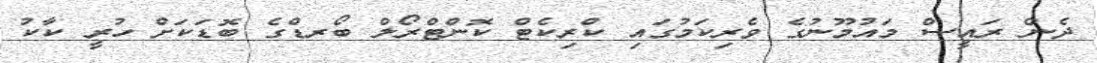
ދެން ރައީސް މައުމޫނުގެ ވެރިކަމުގައި ކްރިކެޓް ކޮންޓްރޯލް ބޯރޑްގެ ބޮޑަކަށް ހުރީ ކާކު